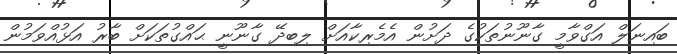
ބައިނަލް އަގްވާމީ ގާނޫނުތަކުގެ ދަށުން އެމެރިކާއަށް ލިބިދޭ ގާނޫނީ ޙައްގުތަކަށް ބާރު އަޅުއްވަމުން